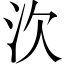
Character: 㳄